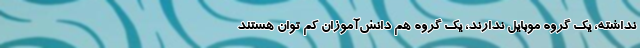
نداشته، یک گروه موبایل ندارند،‌ یک گروه هم دانش‌آموزان کم توان هستند